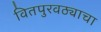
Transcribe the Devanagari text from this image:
वितपुरवठ्याचा